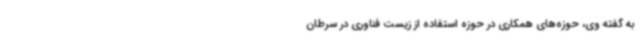
به گفته وی، حوزه‌های همکاری در حوزه استفاده از زیست فناوری در سرطان